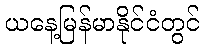
ယနေ့မြန်မာနိုင်ငံတွင်